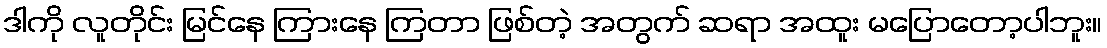
ဒါကို လူတိုင်း မြင်နေ ကြားနေ ကြတာ ဖြစ်တဲ့ အတွက် ဆရာ အထူး မပြောတော့ပါဘူး။